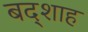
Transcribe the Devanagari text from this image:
बद्शाह